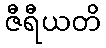
ဇီရီယတိ